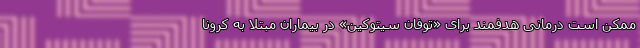
ممکن است درمانی هدفمند برای «توفان سیتوکین» در بیماران مبتلا به کرونا